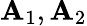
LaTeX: \mathbf{A}_{1},\mathbf{A}_{2}